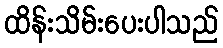
ထိန်းသိမ်းပေးပါသည်